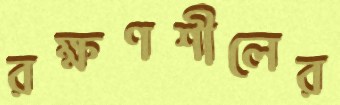
রক্ষণশীলের